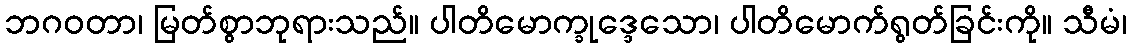
ဘဂဝတာ၊ မြတ်စွာဘုရားသည်။ ပါတိမောက္ခုဒ္ဒေသော၊ ပါတိမောက်ရွတ်ခြင်းကို။ သီမံ၊